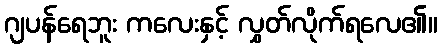
ဂျပန်ရေဘူး ကလေးနှင့် လွှတ်လိုက်ရလေ၏။